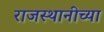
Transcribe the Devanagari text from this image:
राजस्थानीच्या